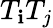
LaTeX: T_{\mathbf{i}}T_{j}